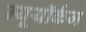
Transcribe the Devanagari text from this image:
न्यूयॉर्कज